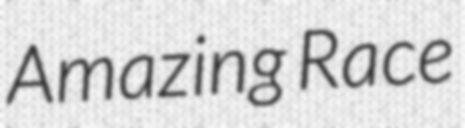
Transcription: Amazing Race